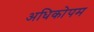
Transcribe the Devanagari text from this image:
अधिकोपम